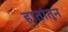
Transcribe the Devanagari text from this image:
हातांतून